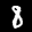
Label: 8